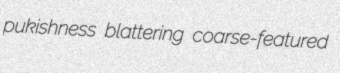
pukishness blattering coarse-featured